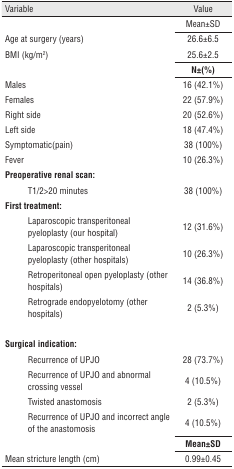
<table><thead><tr><td><b>Variable</b></td><td><b>Value</b></td></tr></thead><tbody><tr><td> </td><td>Mean±SD</td></tr><tr><td> </td><td></td></tr><tr><td>Age at surgery (years)</td><td>26.6±6.5</td></tr><tr><td>BMI (kg/m<sup>2</sup>)</td><td>25.6±2.5</td></tr><tr><td> </td><td></td></tr><tr><td> </td><td><b>N±(%)</b></td></tr><tr><td> </td><td></td></tr><tr><td>Males</td><td>16 (42.1%)</td></tr><tr><td>Females</td><td>22 (57.9%)</td></tr><tr><td>Right side</td><td>20 (52.6%)</td></tr><tr><td>Left side</td><td>18 (47.4%)</td></tr><tr><td>Symptomatic(pain)</td><td>38 (100%)</td></tr><tr><td>Fever</td><td>10 (26.3%)</td></tr><tr><td><b>Preoperative renal scan:</b></td><td> </td></tr><tr><td>T1/2&gt;20 minutes</td><td>38 (100%)</td></tr><tr><td><b>First treatment:</b></td><td> </td></tr><tr><td>Laparoscopic transperitoneal pyeloplasty (our hospital)</td><td>12 (31.6%)</td></tr><tr><td>Laparoscopic transperitoneal pyeloplasty (other hospitals)</td><td>10 (26.3%)</td></tr><tr><td>Retroperitoneal open pyeloplasty (other hospitals)</td><td>14 (36.8%)</td></tr><tr><td>Retrograde endopyelotomy (other hospitals)</td><td>2 (5.3%)</td></tr><tr><td> </td><td> </td></tr><tr><td><b>Surgical indication:</b></td><td> </td></tr><tr><td>Recurrence of UPJO</td><td>28 (73.7%)</td></tr><tr><td>Recurrence of UPJO and abnormal crossing vessel</td><td>4 (10.5%)</td></tr><tr><td>Twisted anastomosis</td><td>2 (5.3%)</td></tr><tr><td>Recurrence of UPJO and incorrect angle of the anastomosis</td><td>4 (10.5%)</td></tr><tr><td> </td><td></td></tr><tr><td> </td><td><b>Mean±SD</b></td></tr><tr><td> </td><td></td></tr><tr><td>Mean stricture length (cm)</td><td>0.99±0.45</td></tr></tbody></table>